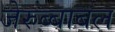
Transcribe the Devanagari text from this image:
जेरुब्बाबल